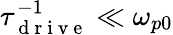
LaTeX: \tau_{\mathrm{~d~r~i~v~e~}}^{-1}\ll\omega_{p0}